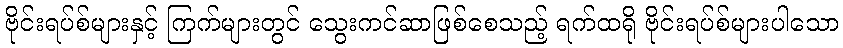
ဗိုင်းရပ်စ်များနှင့် ကြက်များတွင် သွေးကင်ဆာဖြစ်စေသည့် ရက်ထရို ဗိုင်းရပ်စ်များပါသော